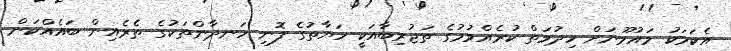
އެކަމަކު މައުމޫނަށް ހިދުމަތް ކުރެއްވުމުގެ ތަޖުރިބާއަކީ ހަޔާތުގެ ފޮނި ހަނދާންތަކުގެ ތެރެއިން ބައެއްކަން